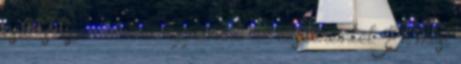
csak szépen rá kell aggatnunk az ékszereinket. Én most